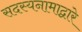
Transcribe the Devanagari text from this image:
सदस्यनामाद्वारे